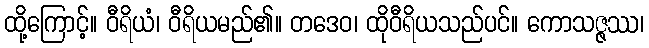
ထို့ကြောင့်။ ဝီရိယံ၊ ဝီရိယမည်၏။ တဒေဝ၊ ထိုဝီရိယသည်ပင်။ ကောသဇ္ဇဿ၊